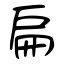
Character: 扁